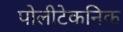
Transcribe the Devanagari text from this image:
पोलीटेकनिक